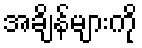
အချိန်များကို